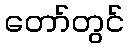
တော်တွင်